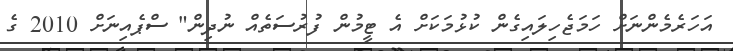
އަހަރެމެންނަށް ހަމަޖެހިލައިގެން ކުޅުމަކަށް އެ ޓީމުން ފުރުސަތެއް ނުދިން" ސްޕެއިނަށް 2010 ގެ